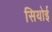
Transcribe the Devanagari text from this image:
सियोई